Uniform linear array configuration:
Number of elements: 48
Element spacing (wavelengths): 0.5
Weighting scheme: uniform
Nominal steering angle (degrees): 60
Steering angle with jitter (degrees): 60.707
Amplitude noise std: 0.05
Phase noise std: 0.05

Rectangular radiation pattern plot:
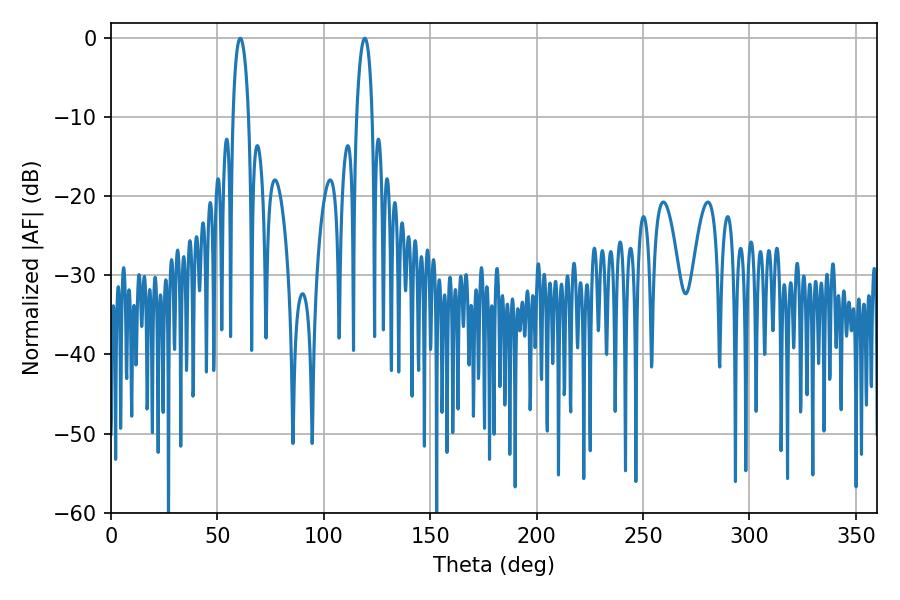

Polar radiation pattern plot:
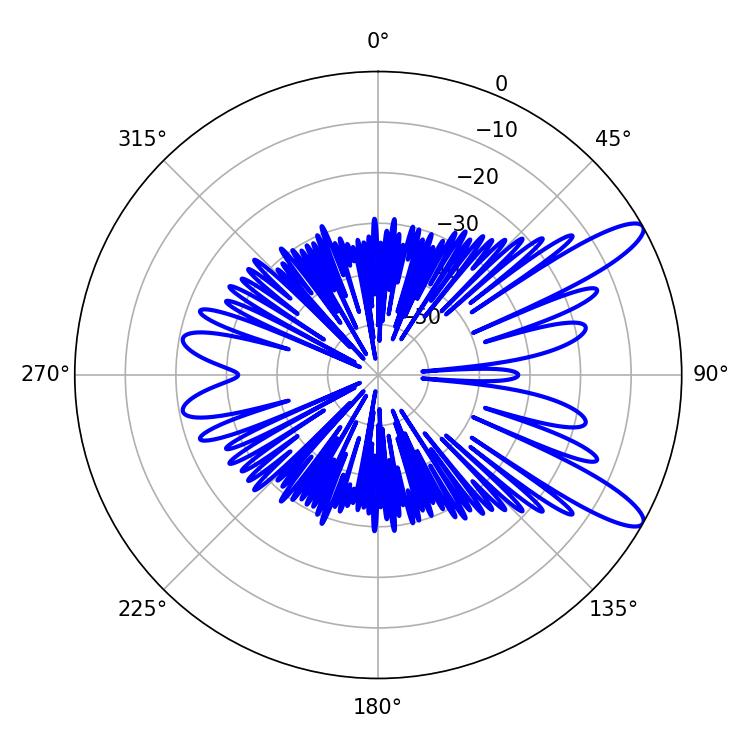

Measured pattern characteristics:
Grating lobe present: FALSE
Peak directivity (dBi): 11.425
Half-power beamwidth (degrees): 4.14
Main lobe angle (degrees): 60.66